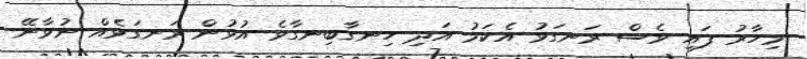
މިހާރު ފައި ވެސް ރަނގަޅު އެކަމު އަދި ހިނގާބިނގާވެ އުޅުން ރަނގަޅެއް ނުވާނޭ